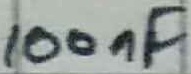
Text: 100nF